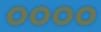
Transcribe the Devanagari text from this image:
००००